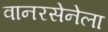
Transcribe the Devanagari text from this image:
वानरसेनेला